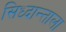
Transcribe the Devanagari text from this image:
सिध्दान्ताला